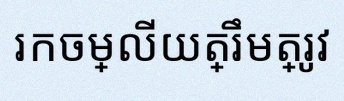
រកចម្លើយត្រឹមត្រូវ